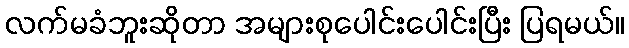
လက်မခံဘူးဆိုတာ အများစုပေါင်းပေါင်းပြီး ပြရမယ်။